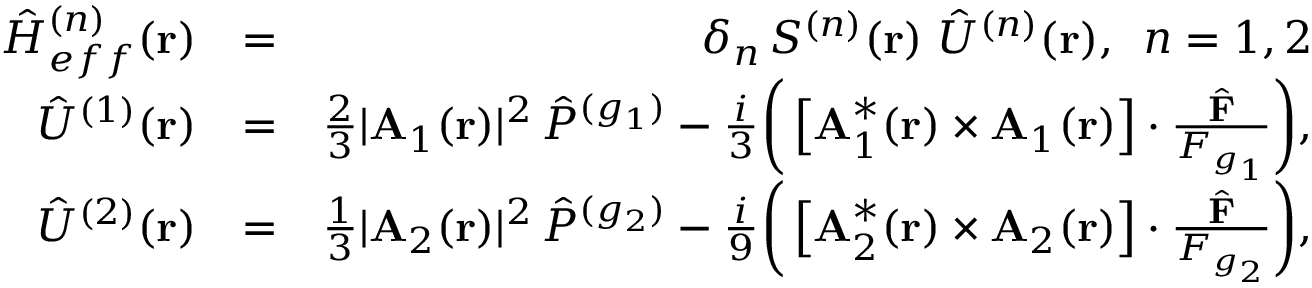
\begin{array} { r l r } { { \hat { H } } _ { e f f } ^ { ( n ) } ( { \bf r } ) } & { = } & { \delta _ { n } \, S ^ { ( n ) } ( { \bf r } ) \, \, { \hat { U } } ^ { ( n ) } ( { \bf r } ) , \, \, \, n = 1 , 2 } \\ { { \hat { U } } ^ { ( 1 ) } ( { \bf r } ) } & { = } & { \frac { 2 } { 3 } | { \bf A } _ { 1 } ( { \bf r } ) | ^ { 2 } \, { \hat { P } } ^ { ( g _ { 1 } ) } - \frac { i } { 3 } \bigg ( \left[ { \bf A } _ { 1 } ^ { * } ( { \bf r } ) \times { \bf A } _ { 1 } ( { \bf r } ) \right] \cdot \frac { \hat { \bf F } } { F _ { g _ { 1 } } } \bigg ) , } \\ { { \hat { U } } ^ { ( 2 ) } ( { \bf r } ) } & { = } & { \frac { 1 } { 3 } | { \bf A } _ { 2 } ( { \bf r } ) | ^ { 2 } \, { \hat { P } } ^ { ( g _ { 2 } ) } - \frac { i } { 9 } \bigg ( \left[ { \bf A } _ { 2 } ^ { * } ( { \bf r } ) \times { \bf A } _ { 2 } ( { \bf r } ) \right] \cdot \frac { { \hat { \bf F } } } { F _ { g _ { 2 } } } \bigg ) , } \end{array}